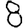
Digit: 8